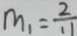
m _ { 1 } = \frac { 2 } { 1 1 }